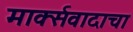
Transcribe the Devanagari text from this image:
मार्क्‍सवादाचा